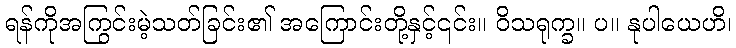
ရန်ကိုအကြွင်းမဲ့သတ်ခြင်း၏ အကြောင်းတို့နှင့်၎င်း။ ဝိသရုက္ခ။ ပ။ နုပါယေဟိ၊